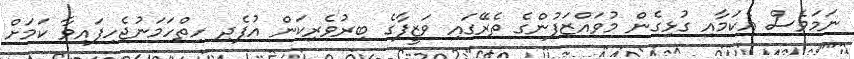
ނަމަވެސް އެކަމާއި ގުޅިގެން މުވައްޒަފުންގެ ތެރޭގައި ވަޒީފާގެ ބިރުވެރިކަން އުފެދި ހިތްހަމަނުޖެހިފައިވާ ކަމަށް